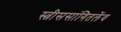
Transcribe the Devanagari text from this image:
स्त्रीससांगितलेंव